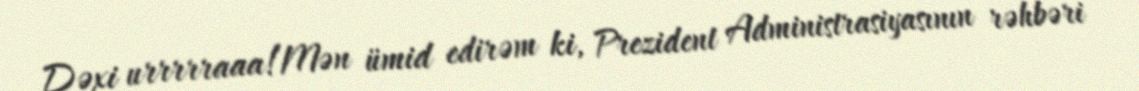
Dəxi urrrrraaa!Mən ümid edirəm ki, Prezident Administrasiyasının rəhbəri